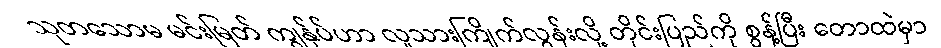
သုတသောမ မင်းမြတ် ကျွန်ုပ်ဟာ လူသားကြိုက်လွန်းလို့ တိုင်းပြည်ကို စွန့်ပြီး တောထဲမှာ